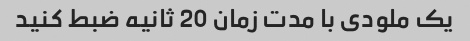
یک ملودی با مدت زمان 20 ثانیه ضبط کنید